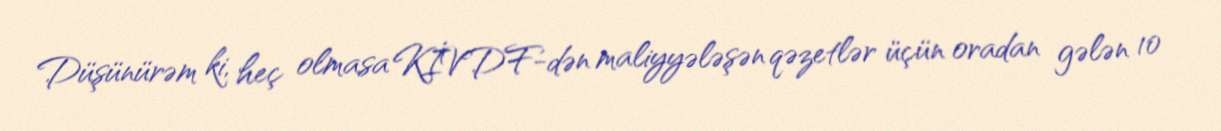
Düşünürəm ki, heç olmasa KİVDF-dən maliyyələşən qəzetlər üçün oradan gələn 10